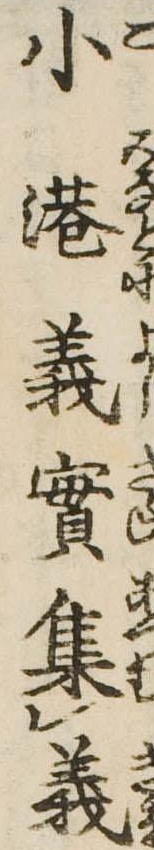
小港義実集義